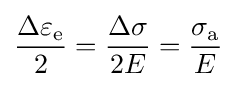
{\Delta \varepsilon _{\text{e}} \over 2}={\frac {\Delta \sigma }{2E}}={\frac {\sigma _{\text{a}}}{E}}